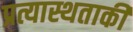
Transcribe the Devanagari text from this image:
प्रत्यास्थताकी